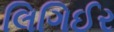
લિગિઈર